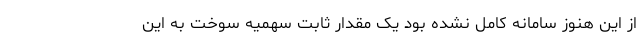
از این هنوز سامانه کامل نشده بود یک مقدار ثابت سهمیه سوخت به این